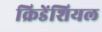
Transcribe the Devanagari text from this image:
क्रिडेंशियल